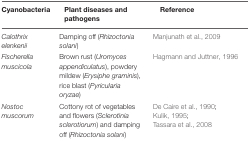
<table><thead><tr><td><b>Cyanobacteria</b></td><td><b>Plant diseases and pathogens</b></td><td><b>Reference</b></td></tr></thead><tbody><tr><td><i>Calothrix elenkenii</i></td><td>Damping off (<i>Rhizoctonia solani</i>)</td><td>Manjunath et al., 2009</td></tr><tr><td><i>Fischerella muscicola</i></td><td>Brown rust (<i>Uromyces appendiculatus</i>), powdery mildew (<i>Erysiphe graminis</i>), rice blast (<i>Pyricularia oryzae</i>)</td><td>Hagmann and Juttner, 1996</td></tr><tr><td><i>Nostoc muscorum</i></td><td>Cottony rot of vegetables and flowers (<i>Sclerotinia sclerotiorum</i>) and damping off (<i>Rhizoctonia solani</i>)</td><td>De Caire et al., 1990; Kulik, 1995; Tassara et al., 2008</td></tr></tbody></table>